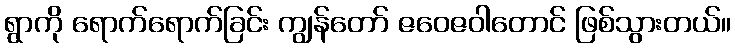
ရွာကို ရောက်ရောက်ခြင်း ကျွန်တော် ဇဝေဇဝါတောင် ဖြစ်သွားတယ်။